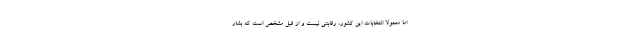
اما معمولا انتخابات این کشور، رقابتی نیست و از قبل مشخص است که بشار